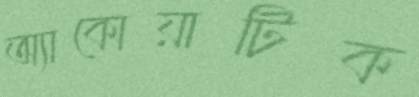
অ্যাকোয়াটিক